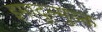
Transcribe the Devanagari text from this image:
इमादुल्मुल्क